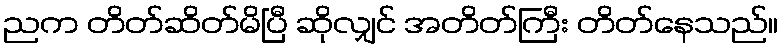
ညက တိတ်ဆိတ်မိပြီ ဆိုလျှင် အတိတ်ကြီး တိတ်နေသည်။